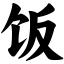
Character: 饭